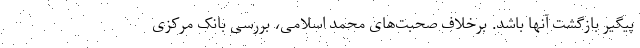
پیگیر بازگشت آنها باشد. برخلاف صحبت‌های محمد اسلامی، بررسی بانک مرکزی